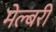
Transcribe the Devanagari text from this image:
मेल्बरी